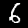
Label: 6